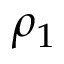
\rho _ { 1 }